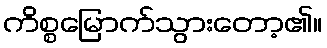
ကိစ္စမြောက်သွားတော့၏။